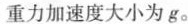
重力加速度大小为g。